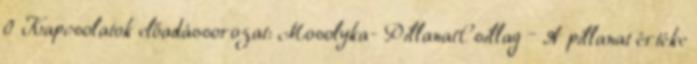
0 Kapcsolatok előadássorozat: Mosolyka- PillanatCsillag – A pillanat értéke